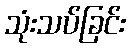
သုံးသပ်ခြင်း